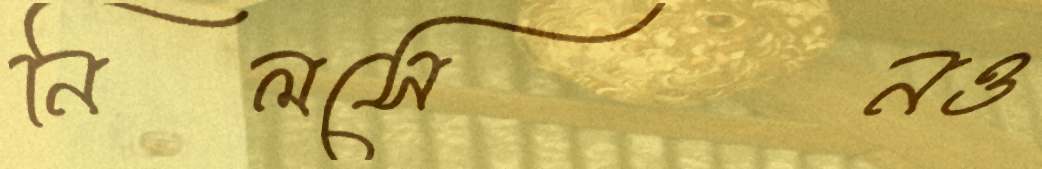
নিলসেনও